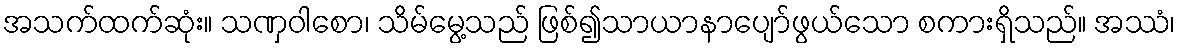
အသက်ထက်ဆုံး။ သဏှဝါစော၊ သိမ်မွေ့သည် ဖြစ်၍သာယာနာပျော်ဖွယ်သော စကားရှိသည်။ အဿံ၊